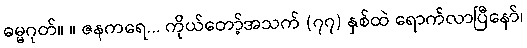
ဓမ္မဂုတ်။ ။ ဇနကရေ... ကိုယ်တော့်အသက် (၇၇) နှစ်ထဲ ရောက်လာပြီနော်၊